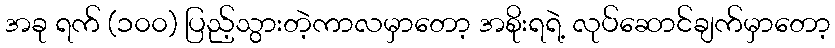
အခု ရက် (၁၀၀) ပြည့်သွားတဲ့ကာလမှာတော့ အစိုးရရဲ့ လုပ်ဆောင်ချက်မှာတော့